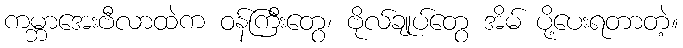
ကမ္ဘာအေးဗီလာထဲက ဝန်ကြီးတွေ၊ ဗိုလ်ချုပ်တွေ အိမ် ပို့ပေးရတာတဲ့။